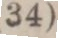
(34)